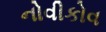
નોવીકોવ